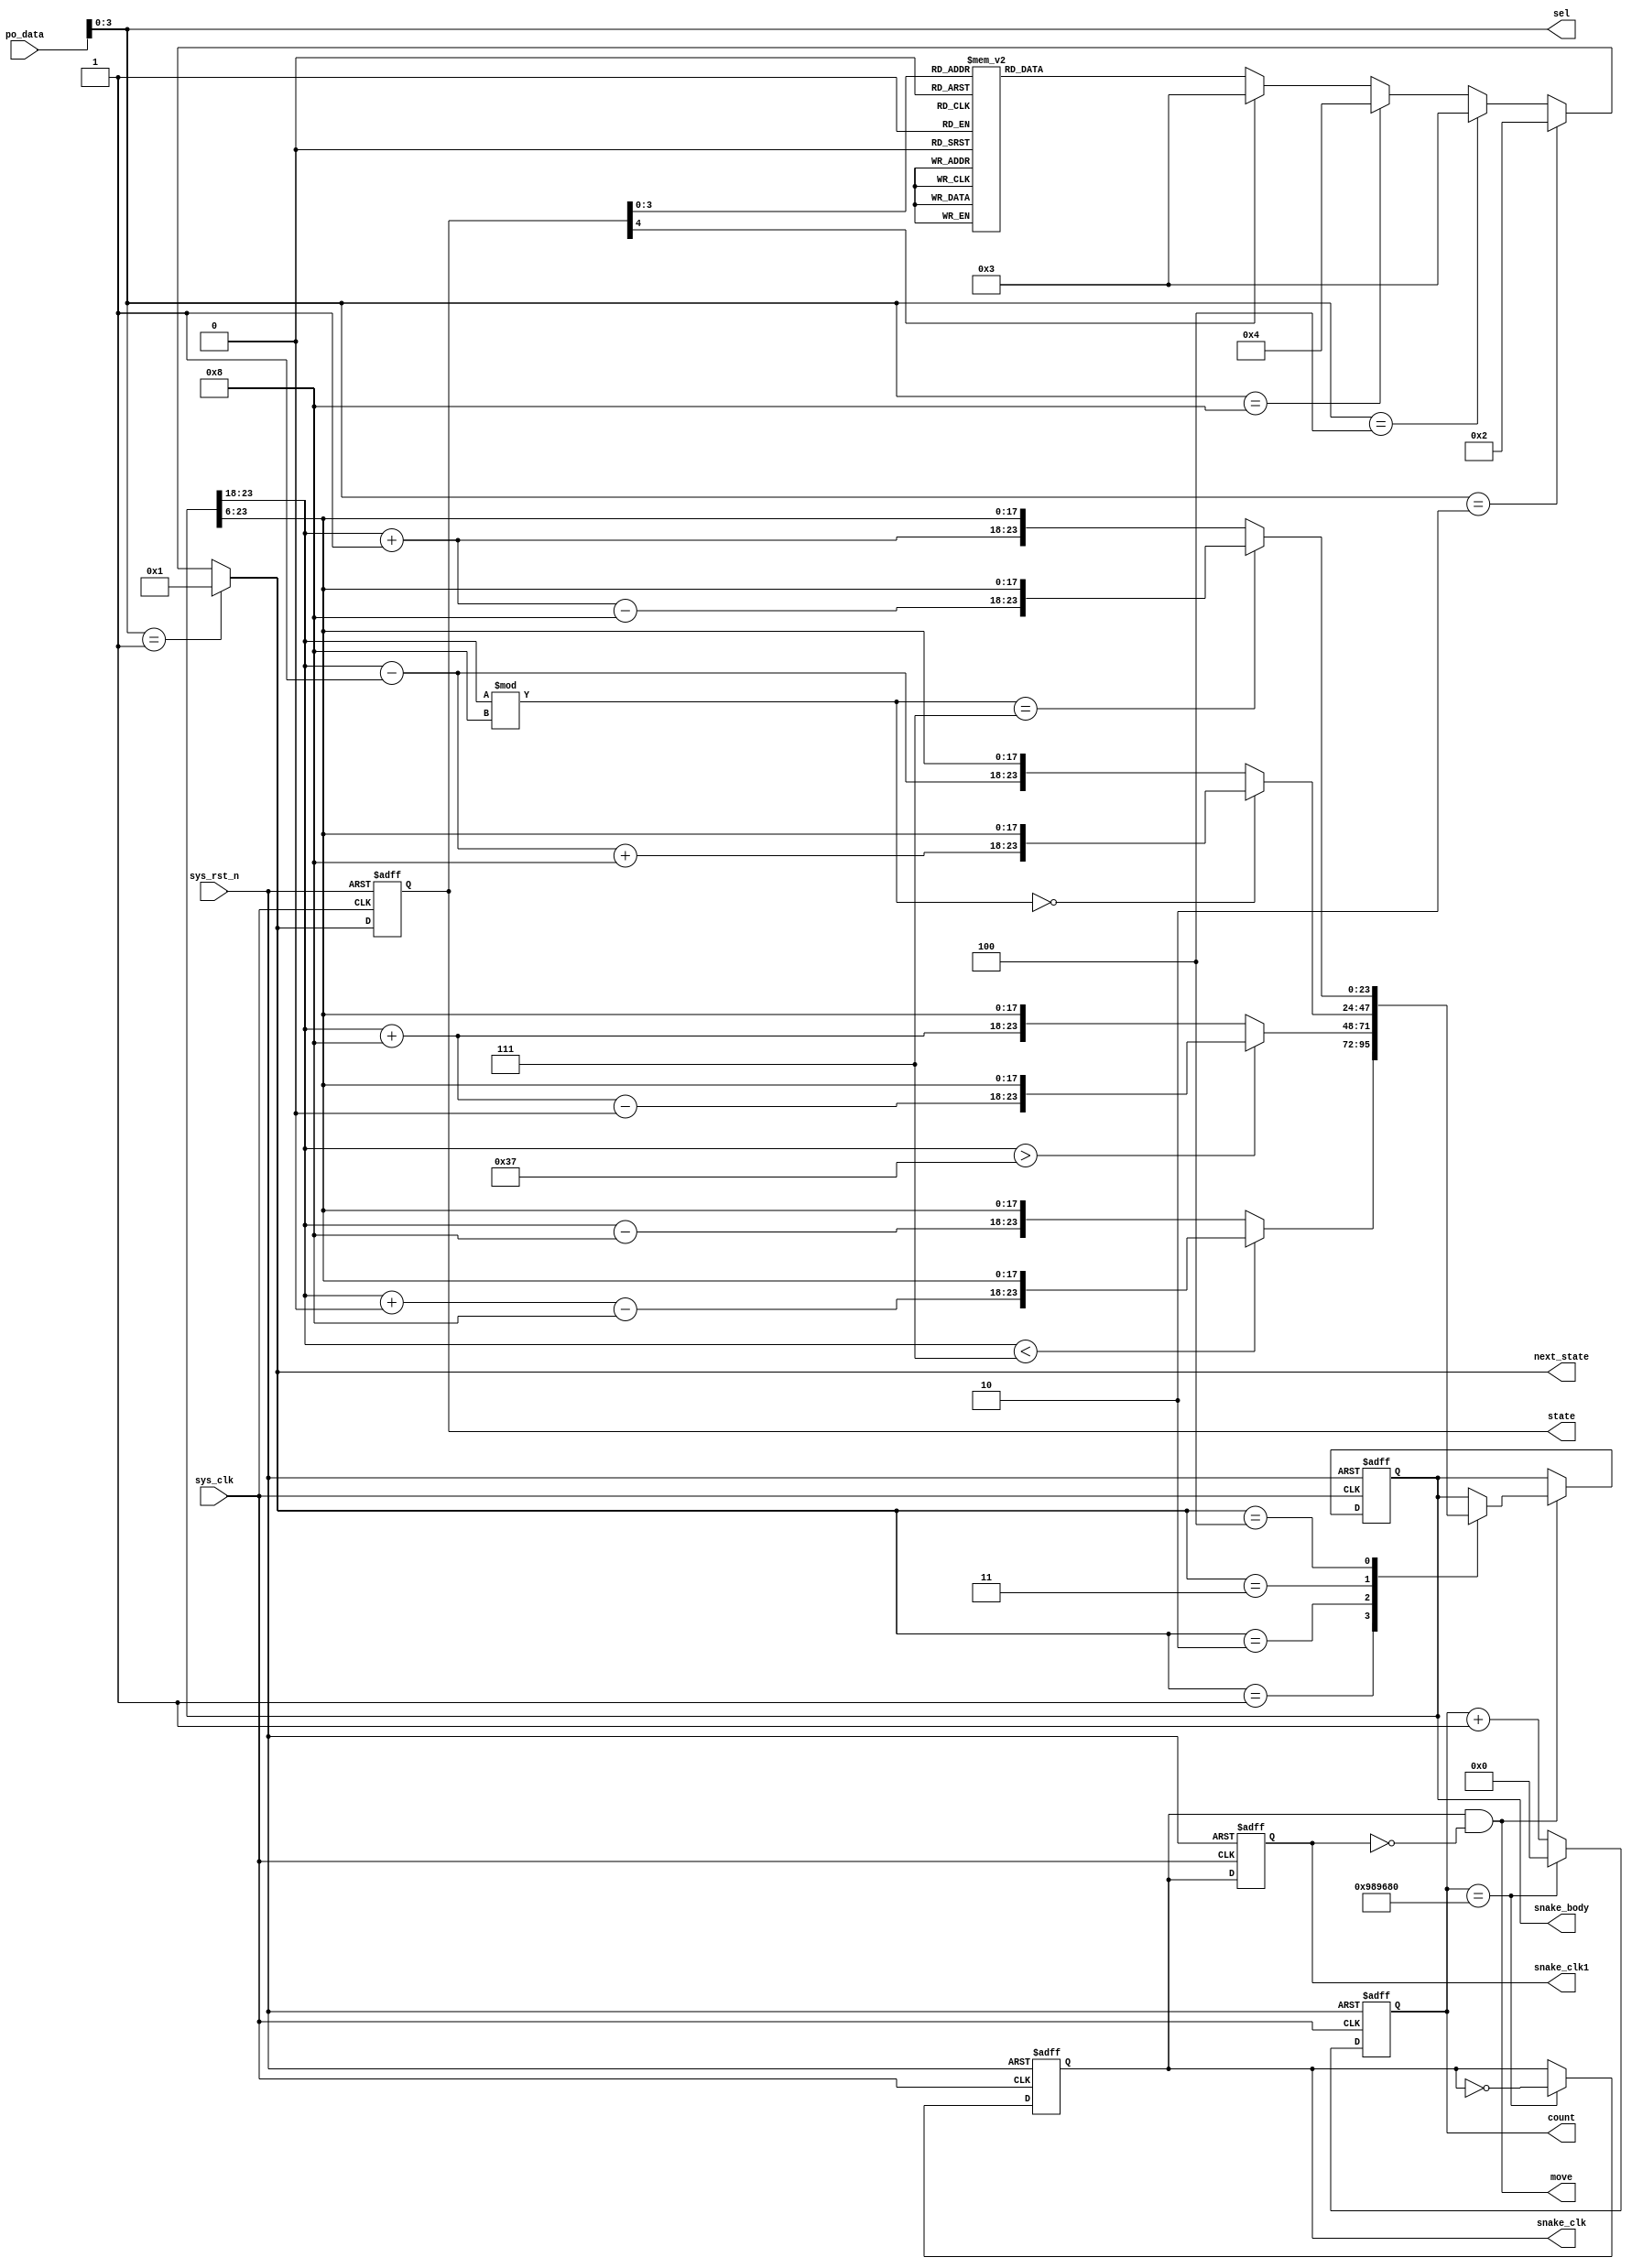
module my_snake(
    input sys_clk,
    input sys_rst_n,    // Freshly brainwashed Lemmings walk left.
	input wire  [7: 0] 	po_data     ,
	output wire [3: 0] sel,
	output wire move,
    output reg  [23:0] snake_body,//4*6 = 24//[23:6]
	output reg snake_clk	,
	output reg [23:0]count,
	output reg snake_clk1,
	output reg [4:0]	state,
	output reg [4:0] next_state
	);  
	
	
	assign sel = po_data[3: 0];



    // parameter LEFT=0, RIGHT=1, ...
	parameter [4:0] 
					UP		=5'd1,
					DOWN	=5'd2,
					LEFT	=5'd3,
					RIGHT	=5'd4,
					TURN_L	=5'd5, 

					ORIGIN	=5'd6,
					DIE		=5'd7,
					TURN_R  =5'd8;

	



	parameter CNT_500MS = 24'd10000000;
	wire end_cnt500ms;
	wire en_cnt500ms;
	


	always @(posedge sys_clk or negedge sys_rst_n) begin
	if (!sys_rst_n) begin
		count <= 0;
		snake_clk <= 0;
	end
	else begin
		if (en_cnt500ms) begin
		if (end_cnt500ms) begin
			count <= 0;
			snake_clk <= ~snake_clk;
		end 
		else begin
			count <= count + 1;
		end
		end
	end
	end
	assign en_cnt500ms = 1;
	assign end_cnt500ms = en_cnt500ms && (count == CNT_500MS);


	always @(posedge sys_clk or negedge sys_rst_n)begin
		if(!sys_rst_n)begin
			snake_clk1 <= 0;
		end
		else begin
			snake_clk1 <= snake_clk; 
		end
	end
	assign move = snake_clk && ~snake_clk1;

    always @(posedge sys_clk or negedge sys_rst_n) begin
        // State transition logic
		if(!sys_rst_n)begin
			state <= LEFT;
		end
		else begin
			state <= next_state;
		end
    end
	wire [5:0] head_i3 ;
	wire [5:0] body_i2 ;
	wire [5:0] body_i1 ;
	wire [5:0] body_i0 ;
	assign head_i3 = snake_body[23:18]; 
	assign body_i2 = snake_body[17:12];
	assign body_i1 = snake_body[11:6];
	assign body_i0 = snake_body[5:0];

	always @(*) begin
		next_state = LEFT;
		if(sel == 4'b0001)begin
		next_state = UP;
		end
		else if(sel == 4'b0010)begin
		next_state = DOWN;
		end
		else if(sel == 4'b0100)begin
		next_state = LEFT;
		end
		else if(sel == 4'b1000)begin
		next_state = RIGHT;
		end
		else begin
				case (state)
			ORIGIN:begin
				
			end
			UP:begin

				next_state = UP;
			end 
			DOWN:begin
				next_state = DOWN;
			end
			LEFT:begin
				next_state = LEFT;
			end
			RIGHT:begin
				next_state = RIGHT;
			end
			TURN_L:begin
			end	
			TURN_R:begin
				
			end
			DIE:begin
				
			end
			default:next_state = LEFT;
		endcase

		end
	end

    always @(posedge sys_clk or negedge sys_rst_n) begin
        // State flip-flops with asynchronous reset
		if(!sys_rst_n)begin
			snake_body <= {6'd44,6'd45,6'd46,6'd47};
		end
		else if(move) begin
			case (next_state)
			UP:begin

					if(head_i3		<7)snake_body 	<= {head_i3+64-8,snake_body[23:6]};
					else if(body_i2 <7)snake_body 	<= {head_i3-8,head_i3,snake_body[17:6]};///1076
					else if(body_i1 <7)snake_body 	<= {head_i3-8,head_i3,body_i2,snake_body[11:6]};//2107
					else if(body_i0 <7)snake_body 	<= {head_i3-8,head_i3,body_i2,body_i1};
					
					else snake_body <= {head_i3-8,snake_body[23:6]};
			end
			DOWN:begin
					if(head_i3 		 > 55)snake_body <= {head_i3+8-64,snake_body[23:6]};
					else if(body_i2  > 55)snake_body <= {head_i3+8,head_i3,snake_body[17:6]};///1076
					else if(body_i1  > 55)snake_body <= {head_i3+8,head_i3,body_i2,snake_body[11:6]};//2107
					else if(body_i0  > 55)snake_body <= {head_i3+8,head_i3,body_i2,body_i1};
					
					else snake_body <= {head_i3+8,snake_body[23:6]};

			end
			LEFT:begin
					if(head_i3 % 8 == 0)snake_body 		<= {head_i3-1+8,snake_body[23:6]};
					else if(body_i2 % 8 == 0)snake_body <= {head_i3-1,head_i3,snake_body[17:6]};///1076
					else if(body_i1 % 8 == 0)snake_body <= {head_i3-1,head_i3,body_i2,snake_body[11:6]};//2107
					else if(body_i0 % 8 == 0)snake_body <= {head_i3-1,head_i3,body_i2,body_i1};
					else snake_body <= {head_i3-1,snake_body[23:6]};
			end
			RIGHT:begin
					if(head_i3 		% 8 == 7)snake_body	<= {head_i3+1-8,snake_body[23:6]};//0765
					else if(body_i2 % 8 == 7)snake_body <= {head_i3+1,head_i3,snake_body[17:6]};///1076
					else if(body_i1 % 8 == 7)snake_body <= {head_i3+1,head_i3,body_i2,snake_body[11:6]};//2107
					else if(body_i0 % 8 == 7)snake_body <= {head_i3+1,head_i3,body_i2,body_i1};
					else snake_body <= {head_i3+1,snake_body[23:6]};
			end
			default:begin 
				snake_body <= snake_body;
			end
			endcase
		end
		else snake_body <= snake_body;
    end

endmodule